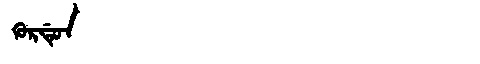
Manchu: ᡴᡠᡵᡩᡠᠨ
Romanization: KURDUN